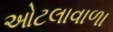
ઓટલાવાળા